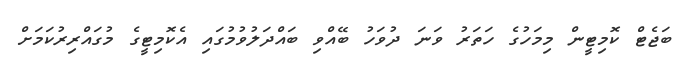
ބަޖެޓް ކޮމިޓީން މިމަހުގެ ހަތަރު ވަނަ ދުވަހު ބޭއްވި ބައްދަލުވުމުގައި އެކޮމިޓީގެ މުގައްރިރުކަމަށް